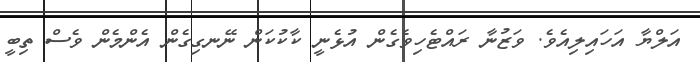
އަލްޔާ އަހައިލިއެވެ. ވަޒުނާ ރައްޓެހިވެގެން އުޅެނީ ކާކުކަން ނޭނގިގެން އެންމެން ވެސް ތިބީ